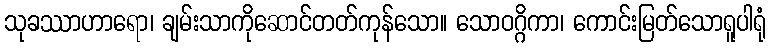
သုခဿာဟာရော၊ ချမ်းသာကိုဆောင်တတ်ကုန်သော။ သောဝဂ္ဂိကာ၊ ကောင်းမြတ်သောရူပါရုံ